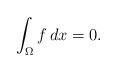
LaTeX: \begin{align*}\int_\Omega f\, dx =0.\end{align*}